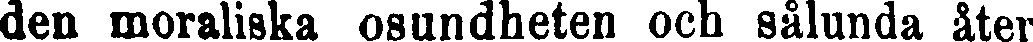
den moraliska osundheten och sålunda åter